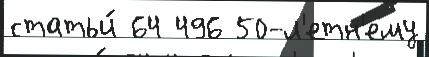
статьи́ 64 496 50-л'етн'ему